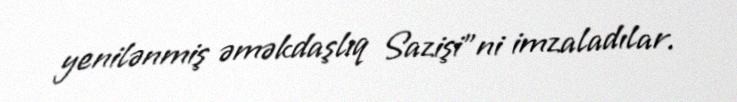
yenilənmiş əməkdaşlıq Sazişi"ni imzaladılar.